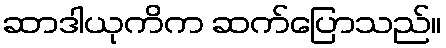
ဆာဒါယုကိက ဆက်ပြောသည်။